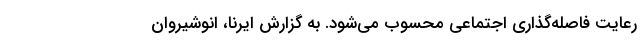
رعایت فاصله‌گذاری اجتماعی محسوب می‌شود. به گزارش ایرنا، انوشیروان